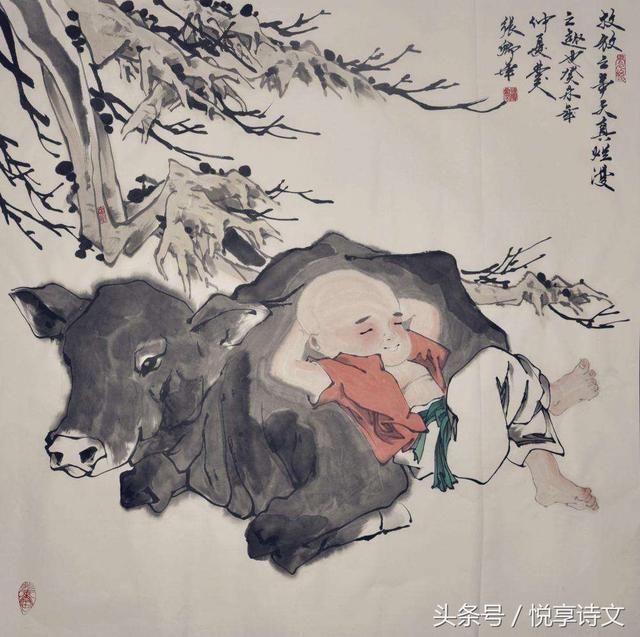
归来饱饭黄昏后，不脱蓑衣卧月明。